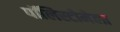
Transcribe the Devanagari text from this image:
पॉलिस्टोमेला